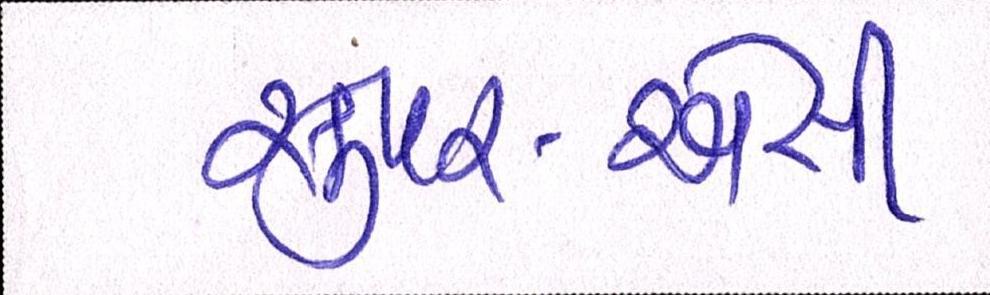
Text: સુપર-એસી